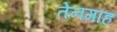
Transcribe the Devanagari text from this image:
तेनगाह